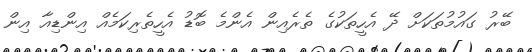
ބޭރު ގައުމުތަކަށް ދޭ އެހީތަކުގެ ތެރެއިން އެންމެ ބޮޑު އެހީތެރިކަމެއް އިންޑިއާ އިން